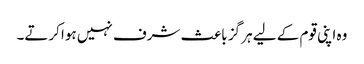
وہ اپنی قوم کے لیے ہر گز باعث شرف نہیں ہوا کرتے۔